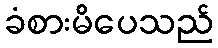
ခံစားမိပေသည်